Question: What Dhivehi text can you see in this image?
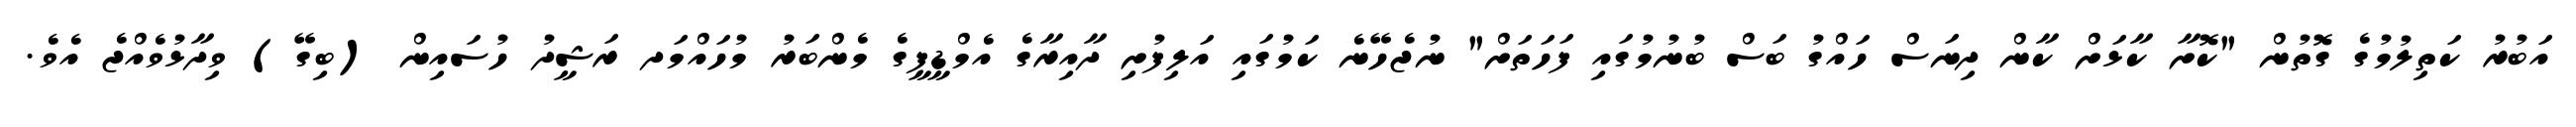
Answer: އަބުރު ކަތިލުމުގެ ގޮތުން "ކޮށާ ކާޅަށް ކާން ދިނަސް ހައްގު ބަސް ބުނުމުގައި ފަހަތަށް" ނުޖެހޭނެ ކަމުގައި އަލިފުށި ދާއިރާގެ އެމްޑީޕީގެ މެންބަރު މުހައްމަދ ރަޝީދު ހުސައިން (ބިގޭ) ވިދާޅުވެއްޖެ އެވެ.